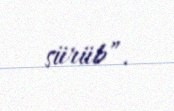
sürüb”.